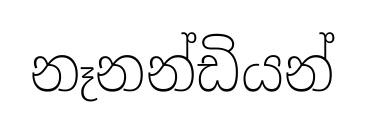
නෑනන්ඩියන්